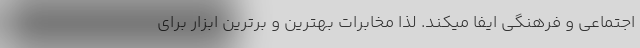
اجتماعی و فرهنگی ایفا میکند. لذا مخابرات بهترین و برترین ابزار برای